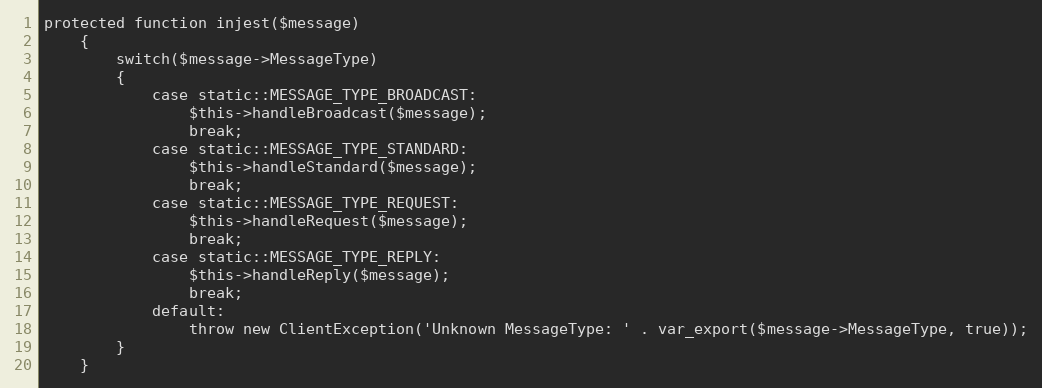
Language: PHP
protected function injest($message)
	{
		switch($message->MessageType)
		{
			case static::MESSAGE_TYPE_BROADCAST:
				$this->handleBroadcast($message);
				break;
			case static::MESSAGE_TYPE_STANDARD:
				$this->handleStandard($message);
				break;
			case static::MESSAGE_TYPE_REQUEST:
				$this->handleRequest($message);
				break;
			case static::MESSAGE_TYPE_REPLY:
				$this->handleReply($message);
				break;
			default:
				throw new ClientException('Unknown MessageType: ' . var_export($message->MessageType, true));
		}
	}